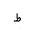
Letter: _da